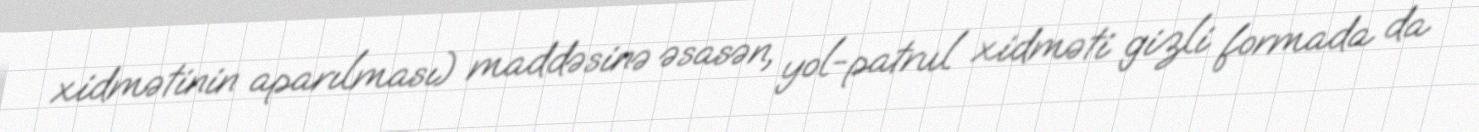
xidmətinin aparılması) maddəsinə əsasən, yol-patrul xidməti gizli formada da